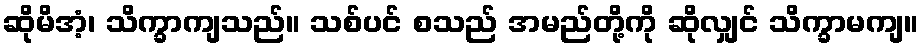
ဆိုမိအံ့၊ သိက္ခာကျသည်။ သစ်ပင် စသည် အမည်တို့ကို ဆိုလျှင် သိက္ခာမကျ။